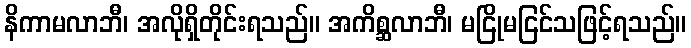
နိကာမလာဘီ၊ အလိုရှိတိုင်းရသည်။ အကိစ္ဆလာဘီ၊ မငြိုမငြင်သဖြင့်ရသည်။